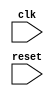
module synchronous_logic_block (
    input wire clk,
    input wire reset,
    // Add any other input/output ports here
);

// Declare any internal signals or variables here

always @(posedge clk, negedge clk) begin
    // Synchronous logic code here
end

endmodule